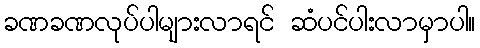
ခဏခဏလုပ်ပါများလာရင် ဆံပင်ပါးလာမှာပါ။